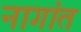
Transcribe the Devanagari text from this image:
नागांत